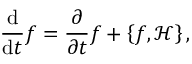
{ \frac { \mathrm { d } } { \mathrm { d } t } } f = { \frac { \partial } { \partial t } } f + \left\{ f , { \mathcal { H } } \right\} ,